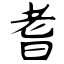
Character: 耆